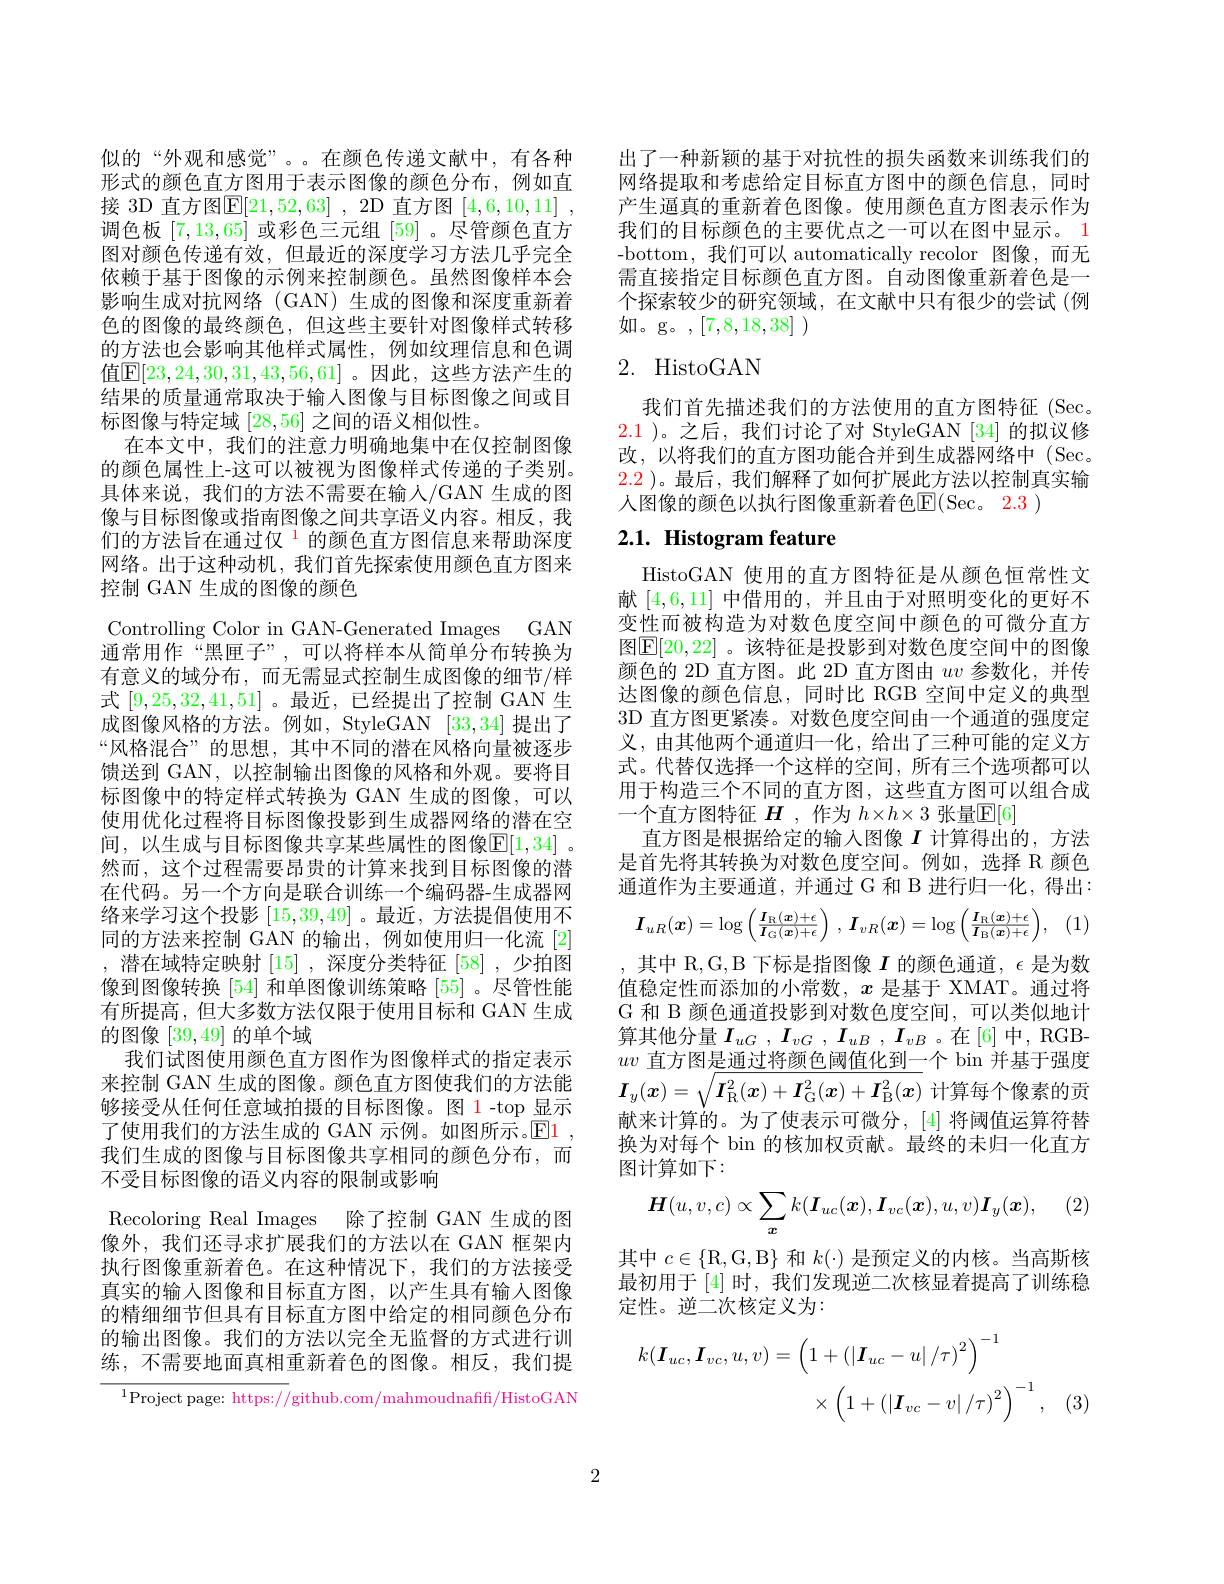
似的“外观和感觉”。。在颜色传递文献中，有各种形式的颜色直方图用于表示图像的颜色分布，例如直接 3D 直方图$\mathsf{E}[21,52,63]$ ,2D 直方图 [4,6,10,11] , 调色板[7,13,65]或彩色三元组[59] 。尽管颜色直方图对颜色传递有效，但最近的深度学习方法几乎完全依赖于基于图像的示例来控制颜色。虽然图像样本会影响生成对抗网络(GAN)生成的图像和深度重新着色的图像的最终颜色，但这些主要针对图像样式转移的方法也会影响其他样式属性，例如纹理信息和色调值$\mathbb{E}[23,24,30,31,43,56,61]$ 。因此，这些方法产生的结果的质量通常取决于输入图像与目标图像之间或目标图像与特定域[28,56]之间的语义相似性。
在本文中，我们的注意力明确地集中在仅控制图像的颜色属性上-这可以被视为图像样式传递的子类别。具体来说，我们的方法不需要在输入/GAN 生成的图像与目标图像或指南图像之间共享语义内容。相反，我们的方法旨在通过仅$^{\color{red}{1}}$的颜色直方图信息来帮助深度网络。出于这种动机，我们首先探索使用颜色直方图来

Controlling Color in GAN-Generated Images GAN

控制 GAN 生成的图像的颜色
通常用作“黑匣子”,可以将样本从简单分布转换为有意义的域分布，而无需显式控制生成图像的细节/样式[9,25,32,41,51] 。最近，已经提出了控制 GAN 生成图像风格的方法。例如，StyleGAN [33,34] 提出了“风格混合”的思想，其中不同的潜在风格向量被逐步馈送到 GAN, 以控制输出图像的风格和外观。要将目标图像中的特定样式转换为 GAN 生成的图像，可以使用优化过程将目标图像投影到生成器网络的潜在空间，以生成与目标图像共享某些属性的图像$\mathbb{E}[1,34]$ 。然而，这个过程需要昂贵的计算来找到目标图像的潜在代码。另一个方向是联合训练一个编码器-生成器网络来学习这个投影[15,39,49] 。最近，方法提倡使用不同的方法来控制 GAN 的输出，例如使用归一化流[2] ,潜在域特定映射[15] ,深度分类特征[58] ,少拍图像到图像转换 [54] 和单图像训练策略 [55] 。尽管性能有所提高，但大多数方法仅限于使用目标和 GAN 生成的图像[39,49]的单个域
我们试图使用颜色直方图作为图像样式的指定表示来控制 GAN 生成的图像。颜色直方图使我们的方法能够接受从任何任意域拍摄的目标图像。图 1-top 显示了使用我们的方法生成的 GAN 示例。如图所示。$\mathbb{E}$1我们生成的图像与目标图像共享相同的颜色分布，而不受目标图像的语义内容的限制或影响
Recoloring Real Images 除了控制 GAN 生成的图像外，我们还寻求扩展我们的方法以在 GAN 框架内执行图像重新着色。在这种情况下，我们的方法接受真实的输入图像和目标直方图，以产生具有输入图像的精细细节但具有目标直方图中给定的相同颜色分布的输出图像。我们的方法以完全无监督的方式进行训练，不需要地面真相重新着色的图像。相反，我们提
$^{1}$Project page: https://github.com/mahmoudnaffi/HistoGAN

出了一种新颖的基于对抗性的损失函数来训练我们的网络提取和考虑给定目标直方图中的颜色信息，同时产生通真的重新着色图像。使用颜色直方图表示作为我们的目标颜色的主要优点之一可以在图中显示。1 -bottom,我们可以 automatically recolor 图像，而无需直接指定目标颜色直方图。自动图像重新着色是一个探索较少的研究领域，在文献中只有很少的尝试 (例如。g。,[7,8,18,38] )

# 2. HistoGAN

我们首先描述我们的方法使用的直方图特征 (Sec. 2.1 )。之后，我们讨论了对 StyleGAN [34]的拟议修改，以将我们的直方图功能合并到生成器网络中(Sec. 2.2 )。最后，我们解释了如何扩展此方法以控制真实输人图像的颜色以执行图像重新着色$\overline{\mathrm{F}}($Sec。2.3 )

# 2.1. Histogram feature

HistoGAN 使用的直方图特征是从颜色恒常性文献[4,6,11]中借用的，并且由于对照明变化的更好不变性而被构造为对数色度空间中颜色的可微分直方图$\mathbb{E}[20,22]$ 。该特征是投影到对数色度空间中的图像颜色的 2D 直方图。此 2D 直方图由$uv$参数化，并传达图像的颜色信息，同时比 RGB 空间中定义的典型3D 直方图更紧凑。对数色度空间由一个通道的强度定义，由其他两个通道归一化，给出了三种可能的定义方式。代替仅选择一个这样的空间，所有三个选项都可以用于构造三个不同的直方图，这些直方图可以组合成一个直方图特征$\boldsymbol{H}$ ,作为$h\times h\times3$张量$\overline{\mathbb{E}}[6]$
直方图是根据给定的输入图像$I$计算得出的，方法是首先将其转换为对数色度空间。例如，选择 R 颜色通道作为主要通道，并通过 G 和 B 进行归一化，得出：
$$\boldsymbol{I}_{uR}(\boldsymbol{x})=\log\left(\frac{\boldsymbol{I}_{\mathrm{R}}(\boldsymbol{x})+\epsilon}{\boldsymbol{I}_{\mathrm{G}}(\boldsymbol{x})+\epsilon}\right)\:,\:\boldsymbol{I}_{vR}(\boldsymbol{x})=\log\left(\frac{\boldsymbol{I}_{\mathrm{R}}(\boldsymbol{x})+\epsilon}{\boldsymbol{I}_{\mathrm{B}}(\boldsymbol{x})+\epsilon}\right),$$
其中 R,G,B 下标是指图像$I$的颜色通道，$\epsilon$是为数值稳定性而添加的小常数，$x$是基于 XMAT。通过将G 和 B 颜色通道投影到对数色度空间，可以类似地计算其他分量$I_uG$ , $I_{vG}$ , $I_{uB}$ , $I_{vB}$ 。在[6] 中，RGB- $uv$直方图是通过将颜色阈值化到一个 bin 并基于强度$\boldsymbol{I}_y(x)=\sqrt{\boldsymbol{I}_{\mathrm{R}}^2(x)+\boldsymbol{I}_{\mathrm{G}}^2(x)+\boldsymbol{I}_{\mathrm{B}}^2(x)}$计算每个像素的贡献来计算的。为了使表示可微分，[4] 将阈值运算符替换为对每个 bin 的核加权贡献。最终的未归一化直方图计算如下：
$$\boldsymbol{H}(u,v,c)\propto\sum_{\boldsymbol{x}}k(\boldsymbol{I}_{uc}(\boldsymbol{x}),\boldsymbol{I}_{vc}(\boldsymbol{x}),u,v)\boldsymbol{I}_{y}(\boldsymbol{x}),$$
其中$c\in\{\mathbb{R},\mathbb{G},\mathbb{B}\}$和$k(\cdot)$是预定义的内核。当高斯核最初用于 [4] 时，我们发现逆二次核显着提高了训练稳定性。逆二次核定义为：
$$\begin{aligned}k(\boldsymbol{I}_{uc},\boldsymbol{I}_{vc},u,v)&=\left(1+\left(\left|\boldsymbol{I}_{uc}-u\right|/\tau\right)^{2}\right)^{-1}\\&\times\left(1+\left(\left|\boldsymbol{I}_{vc}-v\right|/\tau\right)^{2}\right)^{-1},\end{aligned}$$
(3

2